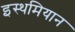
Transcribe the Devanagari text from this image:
इस्थमियान